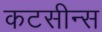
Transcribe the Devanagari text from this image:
कटसीन्स